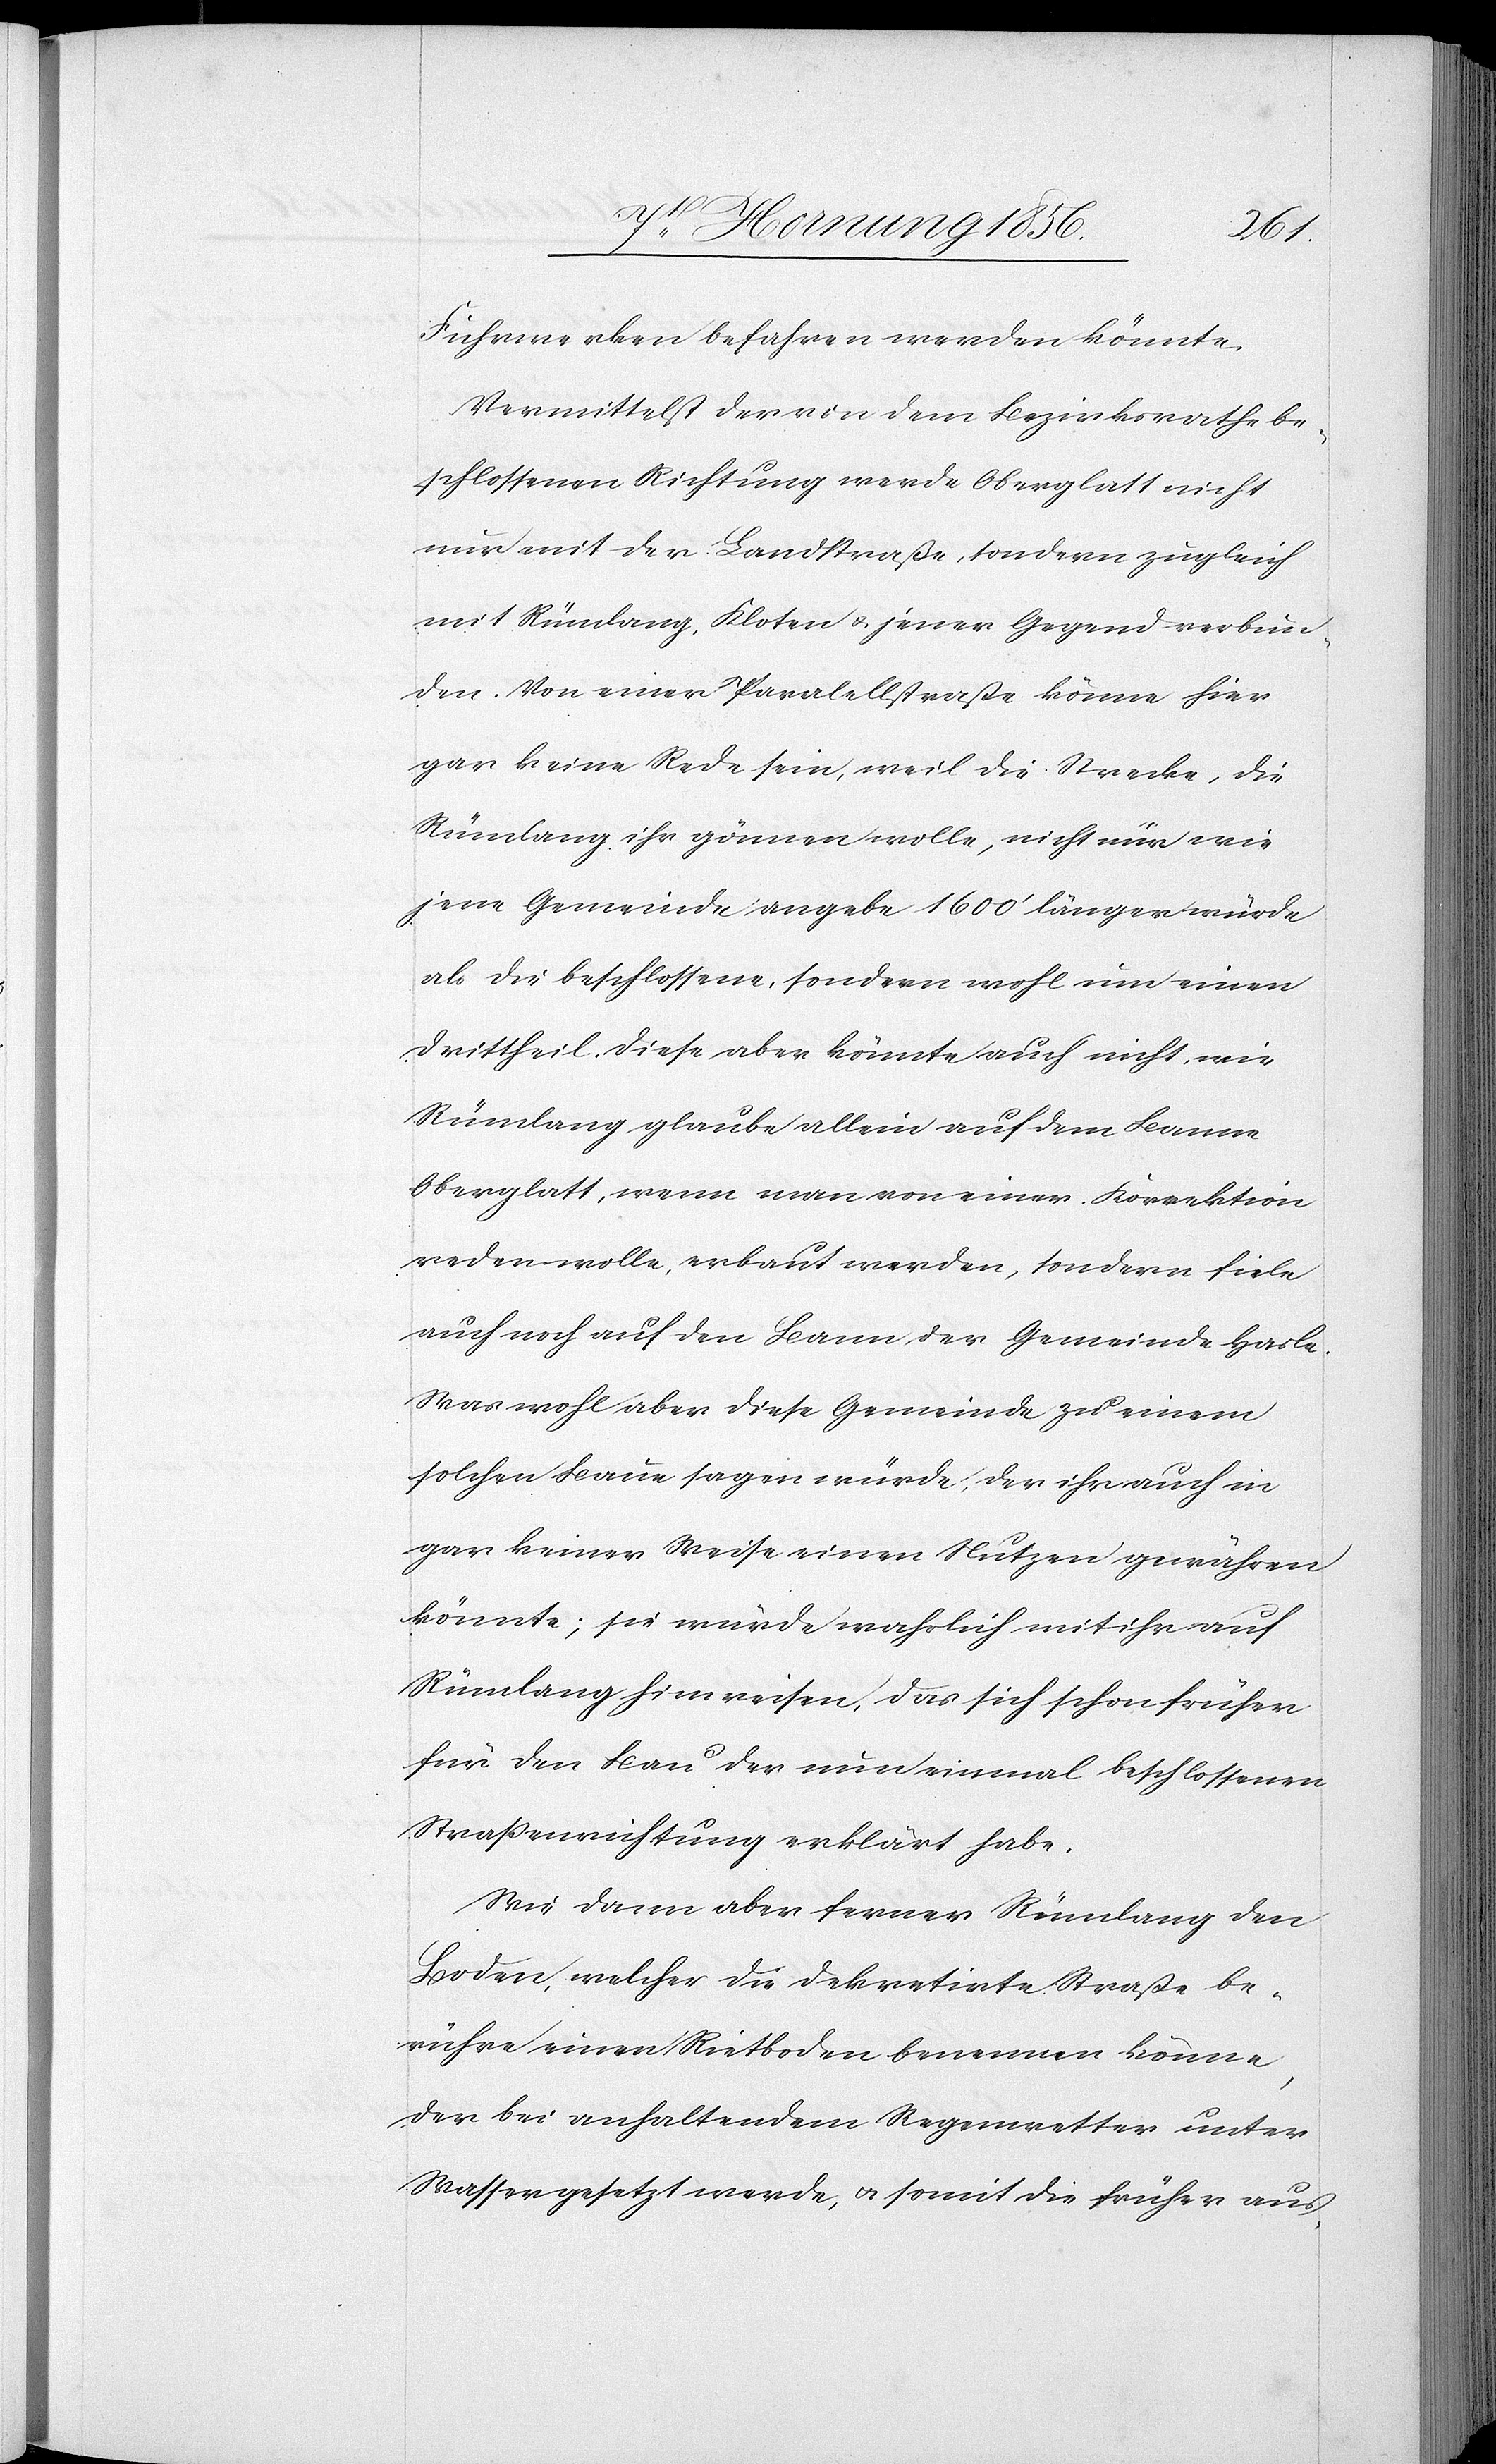
Fuhrwerken befahren werden könnte.
Vermittelst der von dem Bezirksrathe be¬
schlossenen Richtung werde Oberglatt nicht
nur mit der Landstraße, sondern zugleich
mit Rümlang, Kloten u. jener Gegend verbun¬
den. Von einer Paralellstraße könne hier
gar keine Rede sein, weil die Stracke, die
Rümlang ihr gönnen wolle, nicht nur wie
jene Gemeinde angebe 1600’ länger würde
als die beschlossene, sondern wohl um einen
Drittheil. Diese aber könnte auch nicht, wie
Rümlang glaube allein auf dem Banne
Oberglatt, wenn man von einer Korrektion
reden wolle, erbaut werden, sondern fiele
auch noch auf den Bann der Gemeinde Hasle.
Was wohl aber diese Gemeinde zu einem
solchen Baue sagen würde, der ihr auch in
gar keiner Weise einen Nutzen gewähren
könnte; sie würde wahrlich mit ihr auf
Rümlang hinweisen, das sich schon früher
für den Bau der nun einmal beschlossenen
Straßenrichtung erklärt habe.
Wie dann aber ferner Rümlang den
Boden, welcher die dekretirte Straße be¬
rühre einen Rietboden benennen könne,
der bei anhaltendem Regenwetter unter
Wasser gesetzt werde, u. somit die früher aus-